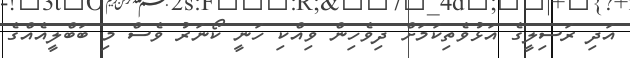
އަދި ރަސިލީގެ އަޅުވެތިކަމަށް ދިވެހިން ވިއްކި ހަނީ ކޯނަރު ވެސް މި ބަބްލީއެއްގެ